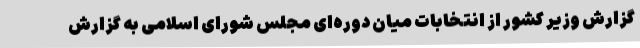
گزارش وزیر کشور از انتخابات میان دوره‌ای مجلس شورای اسلامی به گزارش